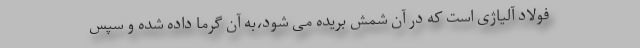
فولاد آلیاژی است که در آن شمش بریده می شود،به آن گرما داده شده و سپس